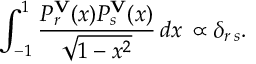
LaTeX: \int _ { - 1 } ^ { 1 } { \frac { P _ { r } ^ { \bf V } ( x ) P _ { s } ^ { \bf V } ( x ) } { \sqrt { 1 - x ^ { 2 } } } } \, d x \, \propto \delta _ { r \, s } .